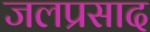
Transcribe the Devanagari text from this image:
जलप्रसाद